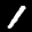
Label: 1